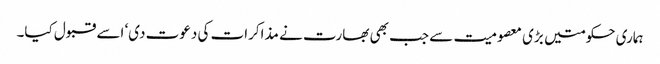
ہماری حکومتیں بڑی معصومیت سے جب بھی بھارت نے مذاکرات کی دعوت دی‘ اسے قبول کیا۔